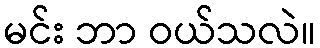
မင်း ဘာ ဝယ်သလဲ။